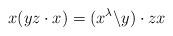
LaTeX: \begin{align*}x(yz\cdot x)= (x^{\lambda}\backslash y)\cdot zx\end{align*}